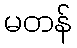
မတန်